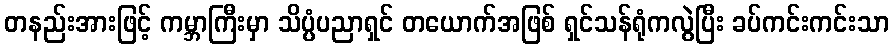
တနည်းအားဖြင့် ကမ္ဘာကြီးမှာ သိပ္ပံပညာရှင် တယောက်အဖြစ် ရှင်သန်ရုံကလွဲပြီး ခပ်ကင်းကင်းသာ